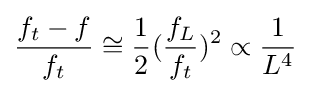
{\frac {f_{t}-f}{f_{t}}}\cong {\frac {1}{2}}({\frac {f_{L}}{f_{t}}})^{2}\propto {\frac {1}{L^{4}}}